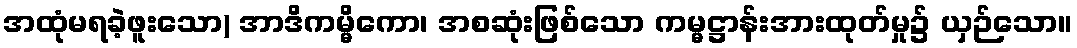
အထုံမရခဲ့ဖူးသော) အာဒိကမ္မိကော၊ အစဆုံးဖြစ်သော ကမ္မဋ္ဌာန်းအားထုတ်မှု၌ ယှဉ်သော။